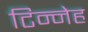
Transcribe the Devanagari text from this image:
टिन्नेह